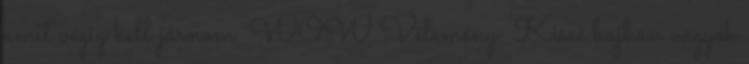
amit végig kell járnom. WOW Vélemény: Kissé bajban vagyok